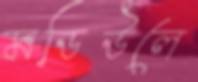
মডিউলে